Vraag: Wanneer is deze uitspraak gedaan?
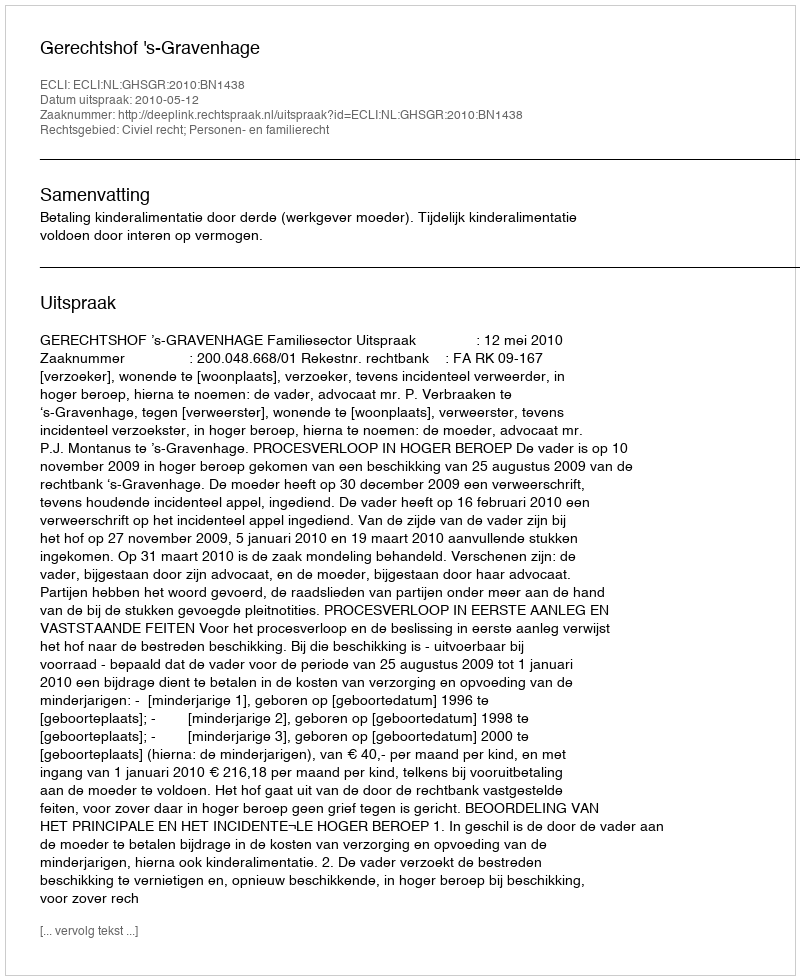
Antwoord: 2010-05-12